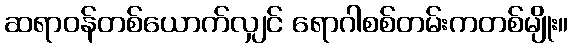
ဆရာဝန်တစ်ယောက်လျှင် ရောဂါစစ်တမ်းကတစ်မျိုး။